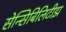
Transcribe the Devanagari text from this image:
सेन्सिबिलिटीझ